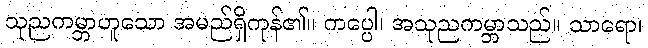
သုညကမ္ဘာဟူသော အမည်ရှိကုန်၏။ ကပ္ပေါ၊ အသုညကမ္ဘာသည်။ သာရော၊